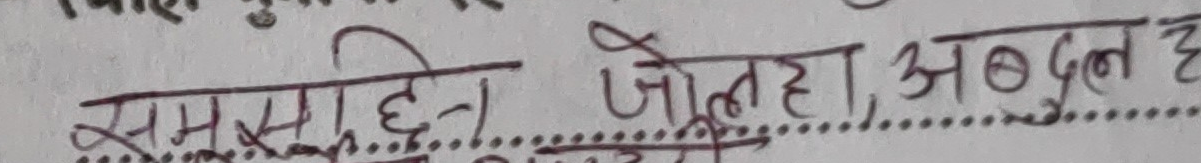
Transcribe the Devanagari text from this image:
सम्सुद्दीन, जोलहा, अब्दुल ह